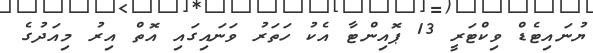
ޔުނައިޓެޑް ވިކްޓަރީ 13 ޕޮއިންޓާ އެކު ހަތަރު ވަނައިގައި އޮތް އިރު މިއަދުގެ